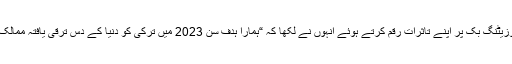
اس موقع پر مزار پر رکھی گئی وزیٹنگ بک پر اپنے تاثرات رقم کرتے ہوئے انہوں نے لکھا کہ “ہمارا ہدف سن 2023 میں ترکی کو دنیا کے دس ترقی یافتہ ممالک کی فہرست میں شامل کرنا ہے”۔